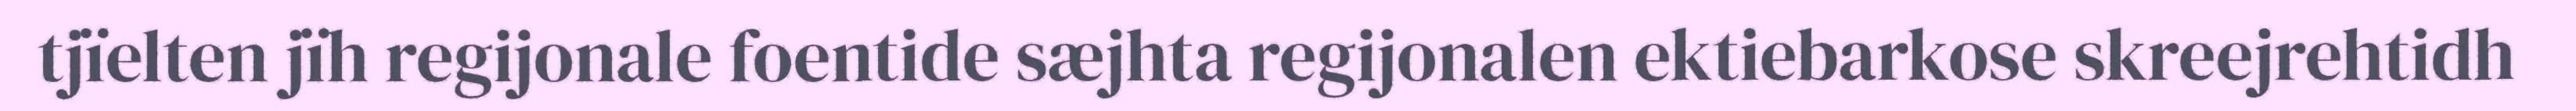
tjïelten jïh regijonale foentide sæjhta regijonalen ektiebarkose skreejrehtidh